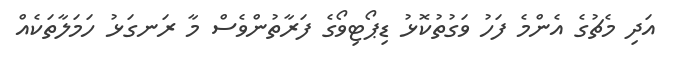
އަދި މެޗުގެ އެންމެ ފަހު ވަގުތުކޮޅު ޑިޕޯޓިވޯގެ ފަރާތުންވެސް މާ ރަނގަޅު ހަމަލާތަކެއް